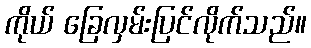
ကိုယ် ခြေလှမ်းပြင်လိုက်သည်။